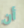
أن